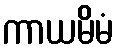
ကာယမိမံ